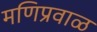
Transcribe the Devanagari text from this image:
मणिप्रवाळ